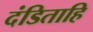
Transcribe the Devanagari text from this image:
दंडिताहि